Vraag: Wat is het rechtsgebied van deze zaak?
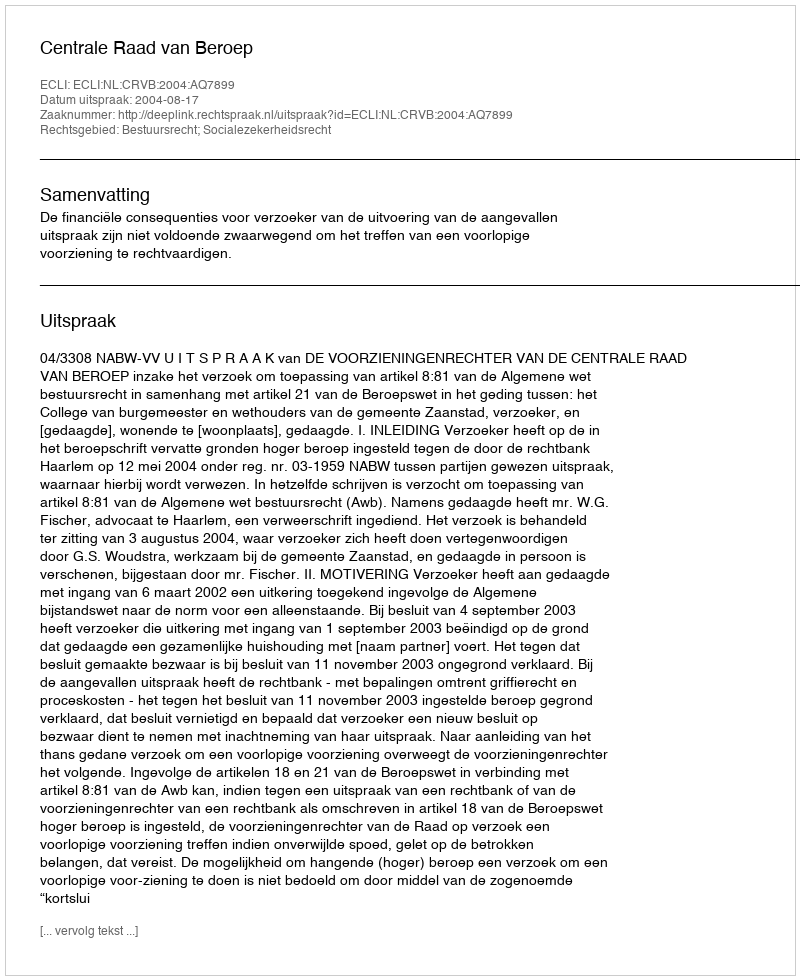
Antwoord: Bestuursrecht; Socialezekerheidsrecht